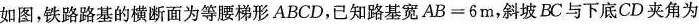
如图，铁路路基的横断面为等腰梯形ABCD，已知路基宽AB=6m，斜坡BC与下底CD夹角为